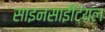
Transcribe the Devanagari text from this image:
साइनसाईटियल